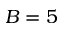
B = 5